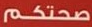
صحتكم